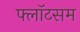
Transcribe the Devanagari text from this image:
फ्लॉटसम